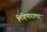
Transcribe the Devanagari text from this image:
लिहिणाराला